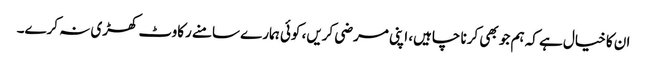
ان کا خیال ہے کہ ہم جو بھی کرنا چاہیں، اپنی مرضی کریں، کوئی ہمارے سامنے رکاوٹ کھڑی نہ کرے۔